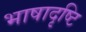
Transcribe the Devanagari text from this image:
भाषादृष्टि